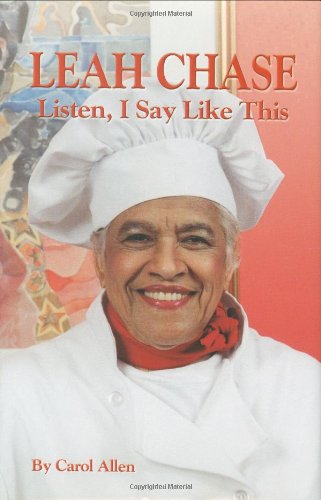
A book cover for Leah Chase: Listen, I Say Like This; Carol Allen; Biographies & Memoirs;